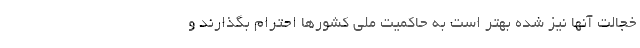
خجالت آنها نیز شده بهتر است به حاکمیت ملی کشورها احترام بگذارند و